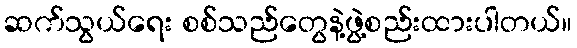
ဆက်သွယ်ရေး စစ်သည်တွေနဲ့ဖွဲ့စည်းထားပါတယ်။